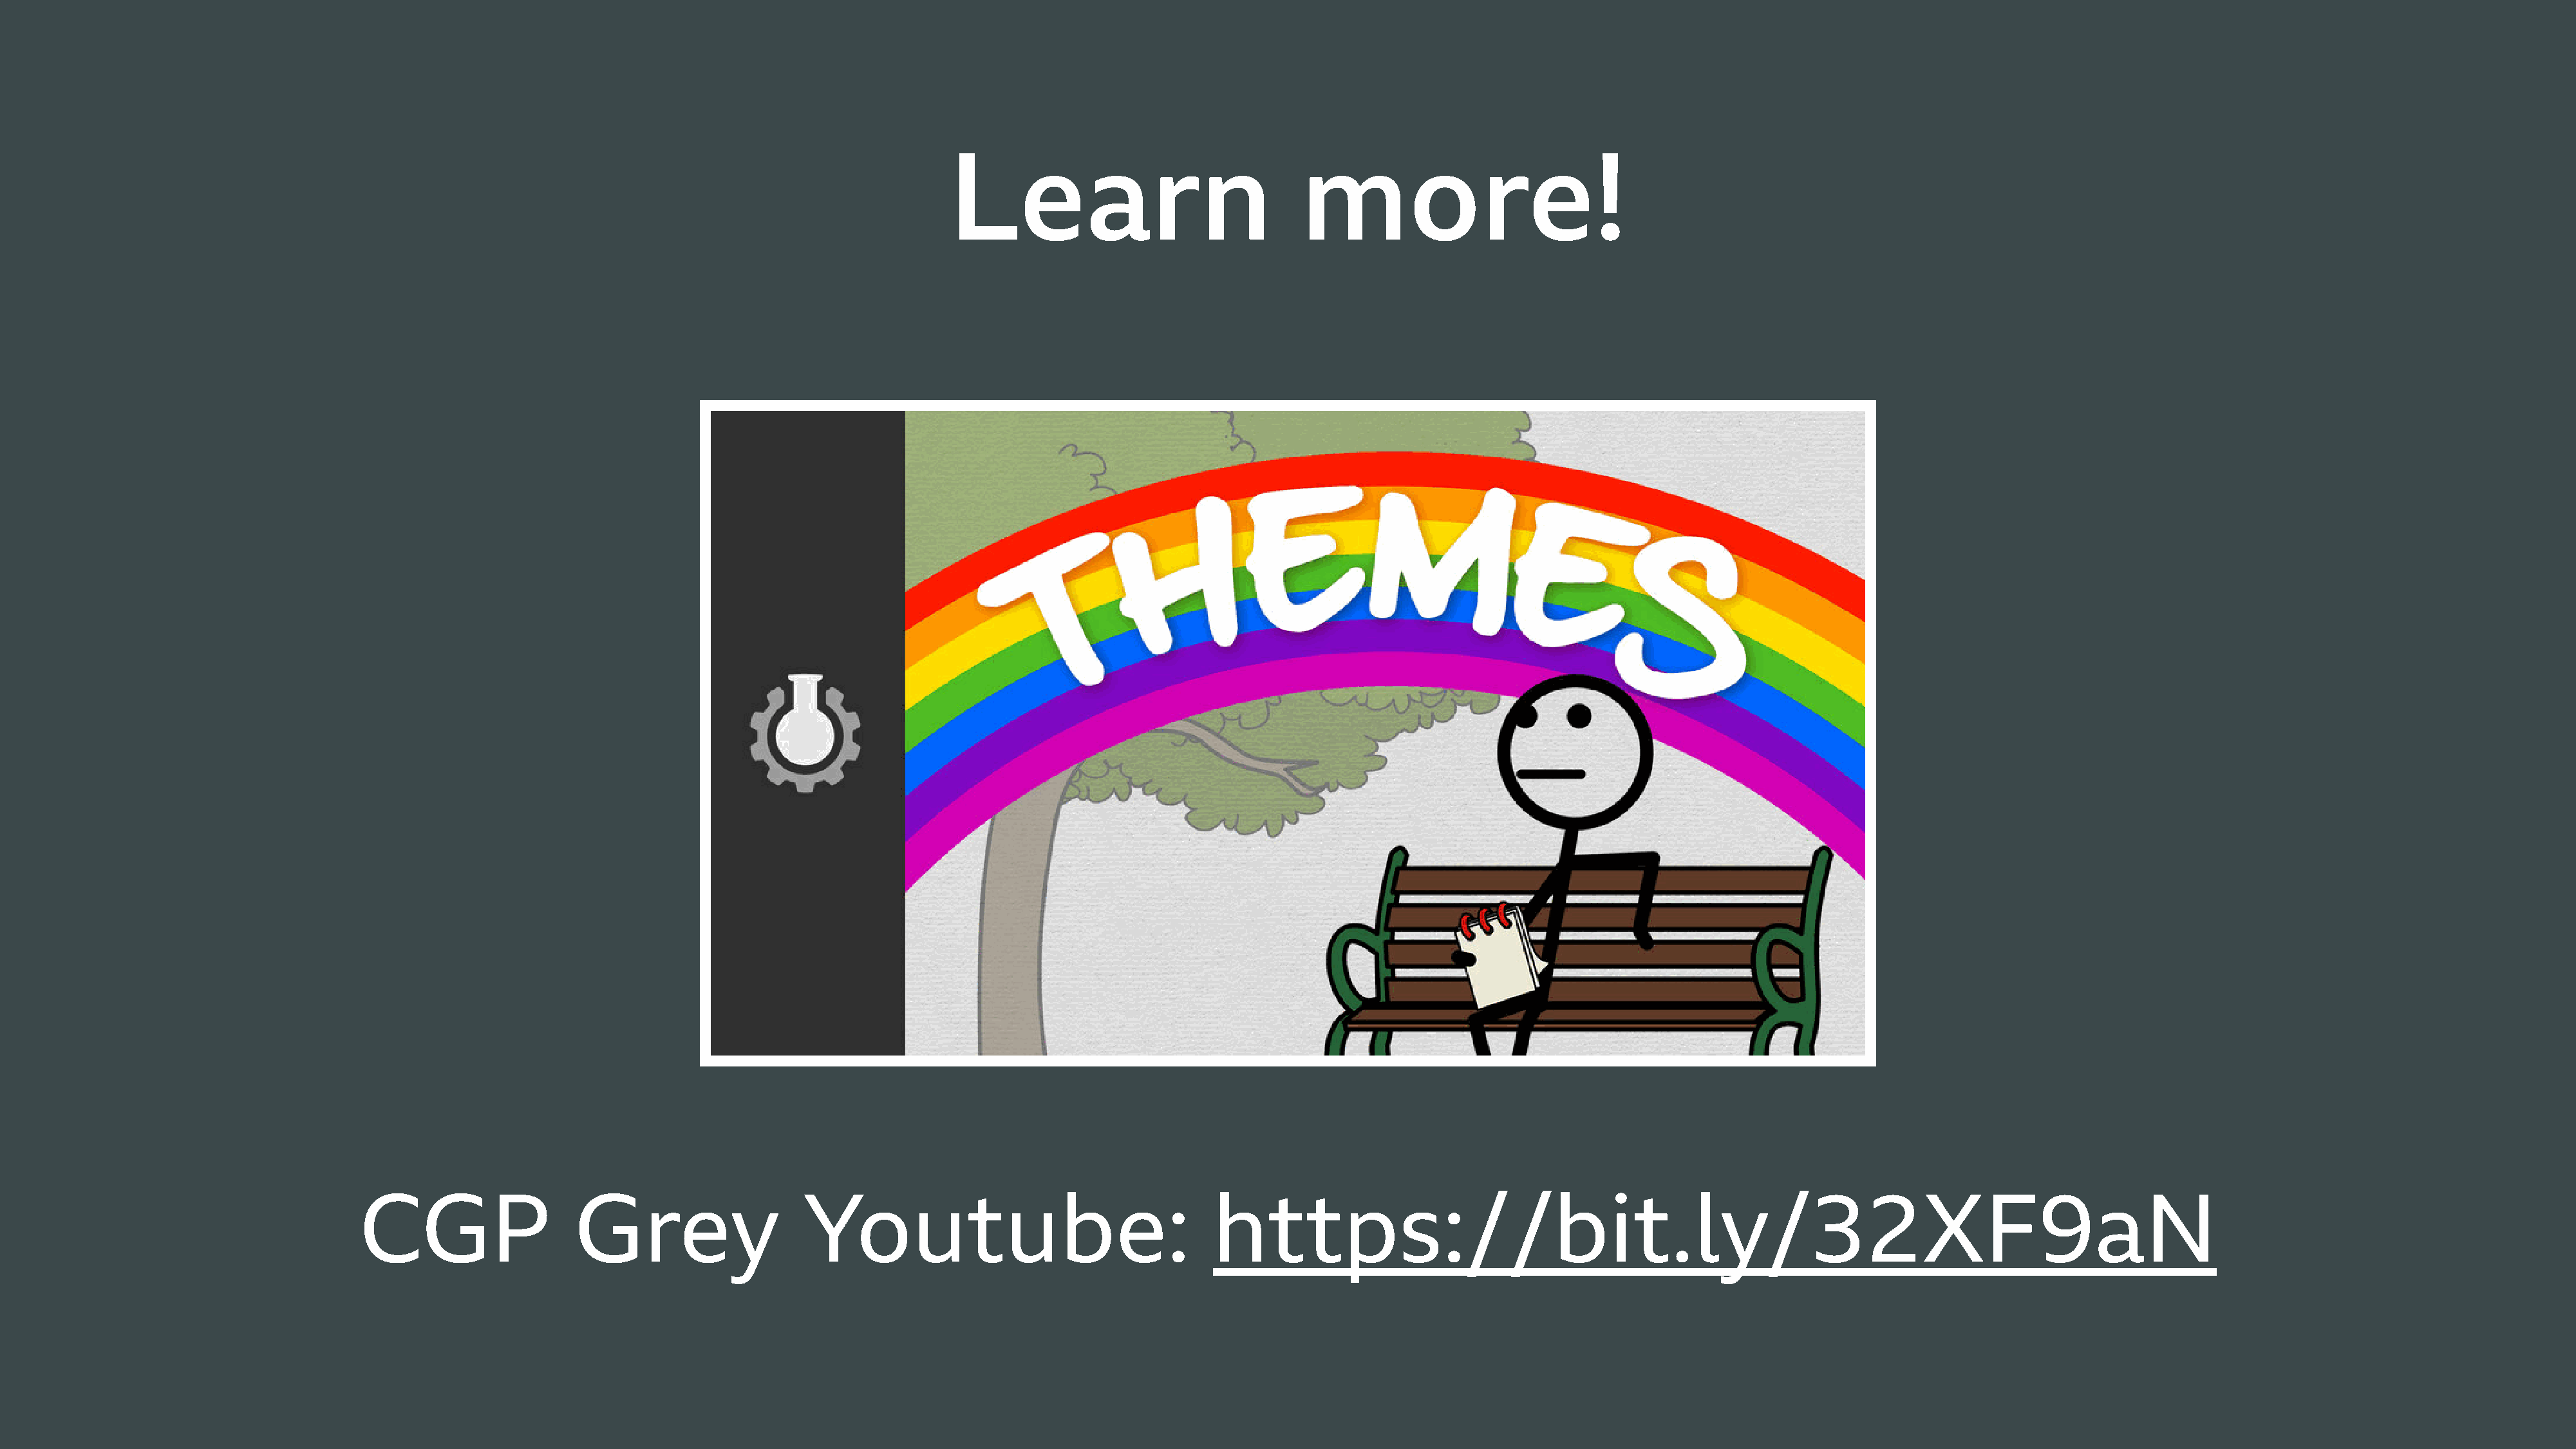
Learn                               more!
 CGP                   Grey                   Youtube:                                   https://bit.ly/32XF9aN